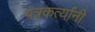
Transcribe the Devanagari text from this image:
पत्रकर्त्यांनी